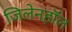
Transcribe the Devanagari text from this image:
जिलेनहॉल